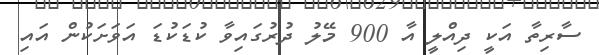
ސާރިތާ އަކީ ދިއްލީ އާ 900 މޭލު ދުރުގައިވާ ކުޑަކުޑަ އަވަށަކުން އައި